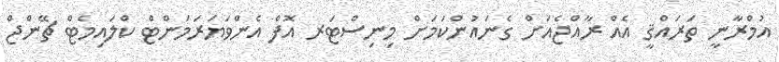
އުމްރާނީ ތަރައްޤީ އެއް ރާއްޖެއަށް ގެނައުންކަމަށް މިނިސްޓަރ އޮފް އެންވަޔަރަމަންޓް ކްލައިމެޓް ޗޭންޖް